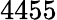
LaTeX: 4455